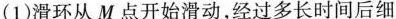
(1)滑环从 M 点开始滑动，经过多长时间后细